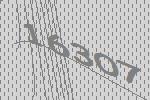
16307